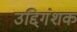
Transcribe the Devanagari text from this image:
उद्दिगंशक